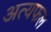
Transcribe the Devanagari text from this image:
अत्यफल